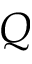
Q